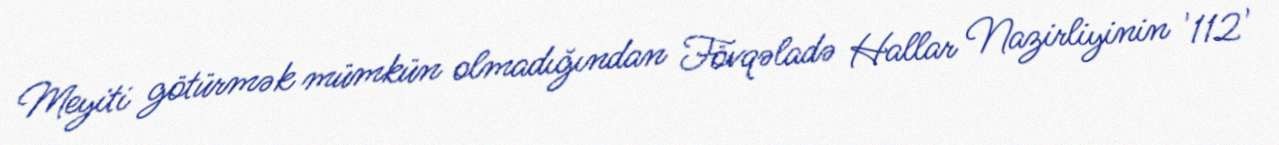
Meyiti götürmək mümkün olmadığından Fövqəladə Hallar Nazirliyinin '112'